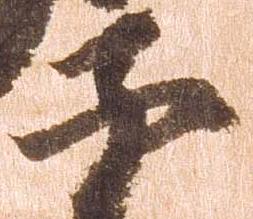
子